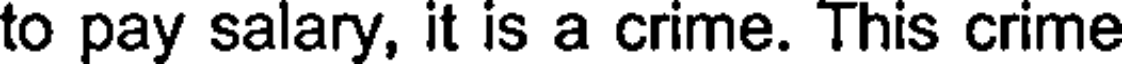
to pay salary, it is a crime. This crime